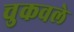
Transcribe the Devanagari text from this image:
चुकवले